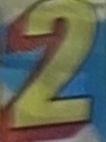
2